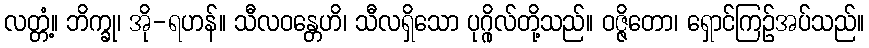
လတ္တံ့။ ဘိက္ခု၊ အို-ရဟန်။ သီလဝန္တေဟိ၊ သီလရှိသော ပုဂ္ဂိုလ်တို့သည်။ ဝဇ္ဇိတော၊ ရှောင်ကြဉ်အပ်သည်။